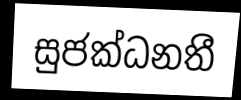
සුජක්ධනතී